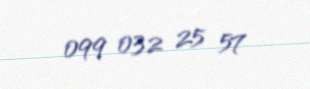
099 032 25 57